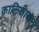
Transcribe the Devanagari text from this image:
कालिकाकला